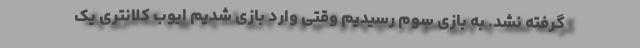
گرفته نشد. به بازی سوم رسیدیم وقتی وارد بازی شدیم ایوب کلانتری یک